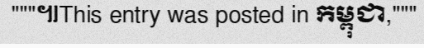
"""៕This entry was posted in កម្ពុជា,"""